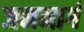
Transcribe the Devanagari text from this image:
जनमार्ग